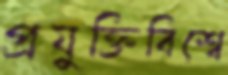
প্রযুক্তিবিশ্বে